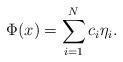
LaTeX: \begin{align*}\Phi(x)=\sum_{i=1}^N c_i \eta_i.\end{align*}